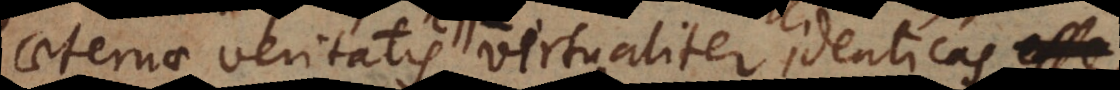
aeternae veritatis esse virtualiter identicas,